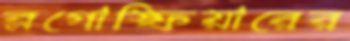
ব্লগোস্ফিয়ারের